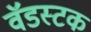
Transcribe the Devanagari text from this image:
वॅडस्टक